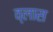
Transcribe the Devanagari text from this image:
व्लास